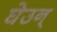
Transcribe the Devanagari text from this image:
घेउन्